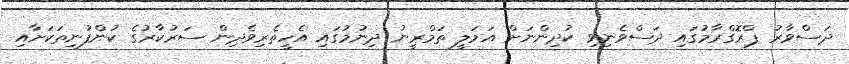
ދަސްވާރު ޕްރޮގްރާމުގައި ދަސްވެނިވި ކުދިންނަށް އަމަލީ ތަމްރީނު ދިނުމުގައި އެހީތެރިވެދިން ސަރުކާރުގެ ކުންފުނިތަކަށާއި